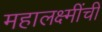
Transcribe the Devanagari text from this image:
महालक्ष्मींची